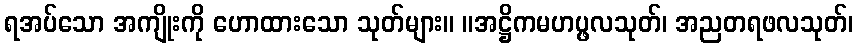
ရအပ်သော အကျိုးကို ဟောထားသော သုတ်များ။ ။အဋ္ဌိကမဟပ္ဖလသုတ်၊ အညတရဖလသုတ်၊